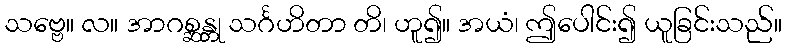
သဗ္ဗေ။ လ။ အာဂစ္ဆန္တု သင်္ဂဟိတာ တိ၊ ဟူ၍။ အယံ၊ ဤပေါင်း၍ ယူခြင်းသည်။